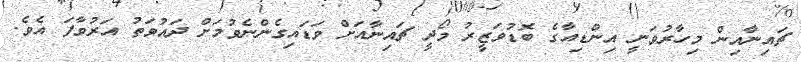
ޗައިނާއިން މިހާރުވަނީ އިންޑިއާގެ ބޮޑުވަޒީރު މޯދީ ޗައިނާއަށް ވަޑައިގެންނެވުމަށް ދައުވަތު އަރުވާފަ އެވެ.